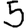
Digit: 5